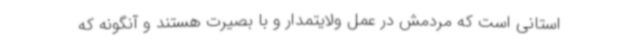
استانی است که مردمش در عمل ولایتمدار و با بصیرت هستند و آنگونه که